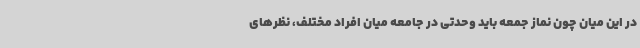
در این میان چون نماز جمعه باید وحدتی در جامعه میان افراد مختلف، نظرهای